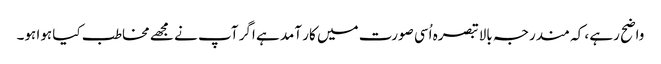
واضح رہے ، کہ مندرجہ بالا تبصرہ اُسی صورت میں کار آمد ہے اگر آپ نے مجھے مخاطب کیا ہوا ہو۔